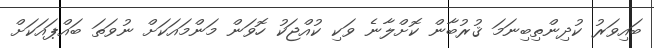
ބައިވަރު ކުދިންތިބިނަމަ ޤުރުބާން ކޮށްލާނެ ވަކި ކުއްޖަކު ހޮވަން މަންމައަކަށް ނުވަތަ ބައްޕައަކަށް